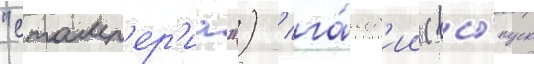
"стамп'ер'иа") / га́мб'ии (вы́пуск